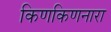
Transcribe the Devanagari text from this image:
किणकिणनारा